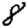
Digit: 8